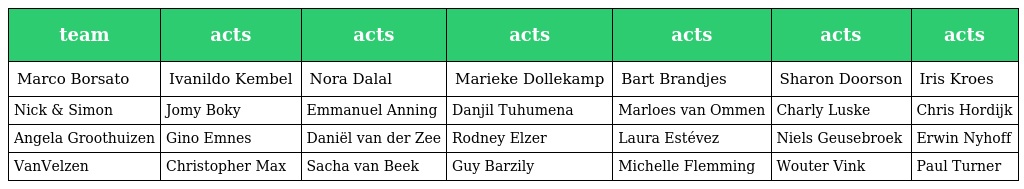
| team | acts | acts | acts | acts | acts | acts |
 | --- | --- | --- | --- | --- | --- | --- |
 | Marco Borsato | Ivanildo Kembel | Nora Dalal | Marieke Dollekamp | Bart Brandjes | Sharon Doorson | Iris Kroes |
 | Nick & Simon | Jomy Boky | Emmanuel Anning | Danjil Tuhumena | Marloes van Ommen | Charly Luske | Chris Hordijk |
 | Angela Groothuizen | Gino Emnes | Daniël van der Zee | Rodney Elzer | Laura Estévez | Niels Geusebroek | Erwin Nyhoff |
 | VanVelzen | Christopher Max | Sacha van Beek | Guy Barzily | Michelle Flemming | Wouter Vink | Paul Turner |